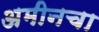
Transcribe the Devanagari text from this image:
अमीनचा